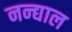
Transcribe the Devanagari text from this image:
नन्द्याल